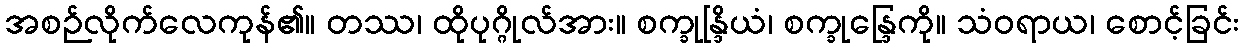
အစဉ်လိုက်လေကုန်၏။ တဿ၊ ထိုပုဂ္ဂိုလ်အား။ စက္ခုန္ဒြိယံ၊ စက္ခုန္ဒြေကို။ သံဝရာယ၊ စောင့်ခြင်း